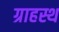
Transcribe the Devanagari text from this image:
ग्राहस्थ